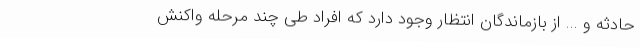
حادثه و ... از بازماندگان انتظار وجود دارد که افراد طی چند مرحله واکنش